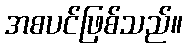
အစပင်ဖြစ်သည်။